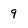
Character: 9